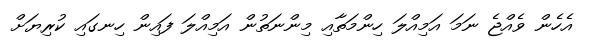
އެހެން ވެއްޖެ ނަމަ އަމިއްލަ ހިންމަތާއި މިންނަތުން އަމިއްލަ ފައިން ހިނގައި ކުރިޔަށް